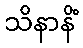
သိနာနိံ